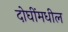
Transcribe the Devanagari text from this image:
दोघींमधील